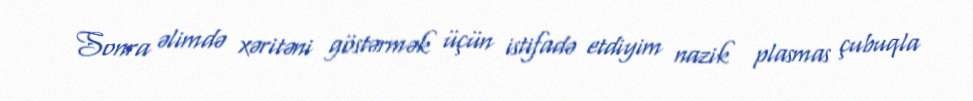
Sonra əlimdə xəritəni göstərmək üçün istifadə etdiyim nazik plasmas çubuqla